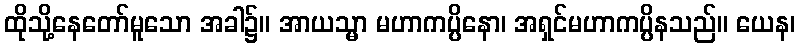
ထိုသို့နေတော်မူသော အခါ၌။ အာယသ္မာ မဟာကပ္ပိနော၊ အရှင်မဟာကပ္ပိနသည်။ ယေန၊